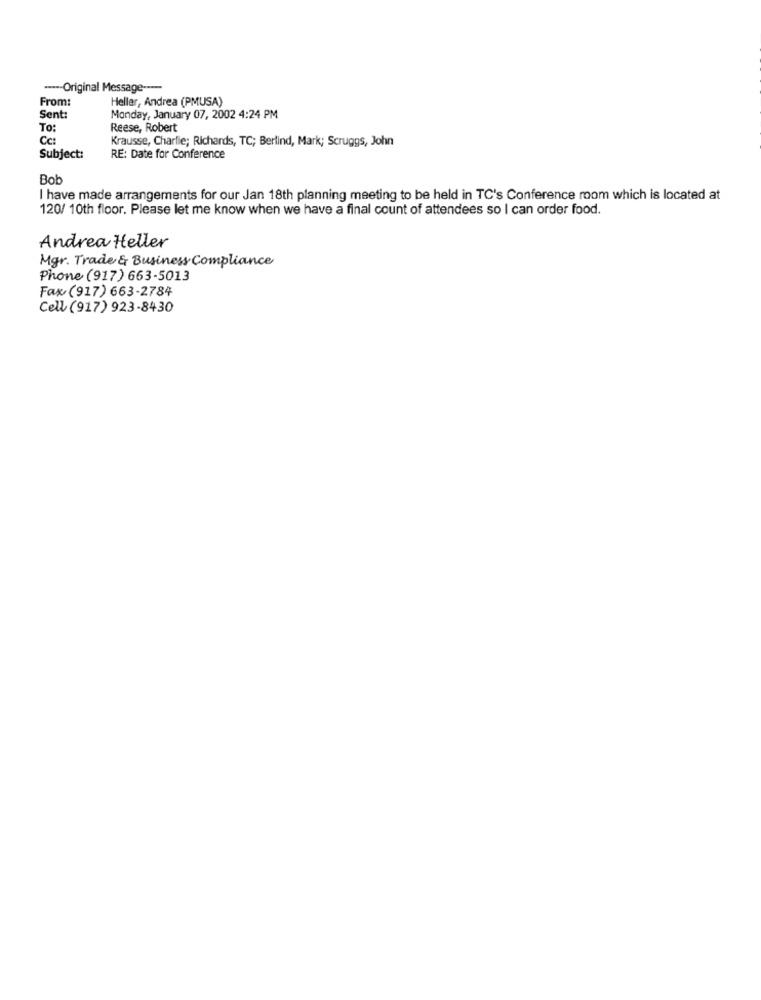
----- Original Message ----
From:
Heller, Andrea (PMUSA)
Sent:
Monday, January 07, 2002 4:24 PM
To:
Reese, Robert
Cc:
Krausse, Charlie; Richards, TC; Berlind, Mark; Scruggs, John
Subject:
RE: Date for Conference
Bob
I have made arrangements for our Jan 18th planning meeting to be held in TC's Conference room which is located at
120/ 10th floor. Please let me know when we have a final count of attendees so I can order food.
Andrea Heller
Mgr. Trade & Business Compliance
Phone (917) 663-5013
Fax (917) 663-2784
Cell (917) 923-8430